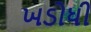
ખડોધી